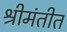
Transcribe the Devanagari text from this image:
श्रीमंतीत